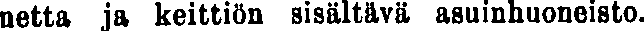
netta ja keittiön sisältävä asuinhuoneisto.